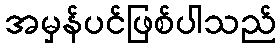
အမှန်ပင်ဖြစ်ပါသည်